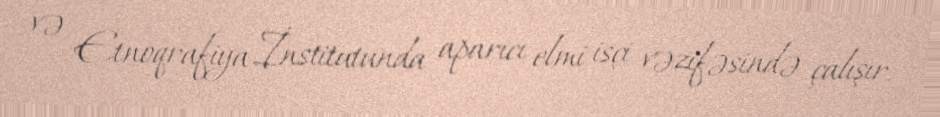
və Etnoqrafiya İnstitutunda aparıcı elmi isçi vəzifəsində çalışır.